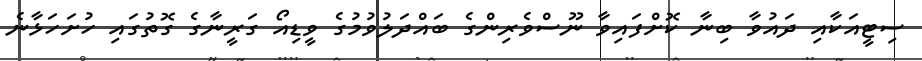
ސިޓީއަކާއި ދައުވާ ބިނާ ކޮށްފައިވާ ނޫސްވެރިންގެ ބައްދަލުވުމުގެ ވީޑިއޯ ގަރީނާގެ ގޮތުގައި ހުށަހަޅާނެ